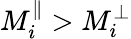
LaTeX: M_{i}^{\parallel}>M_{i}^{\perp}